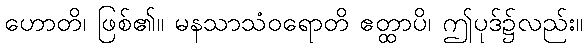
ဟောတိ၊ ဖြစ်၏။ မနသာသံဝရောတိ ဧတ္ထာပိ၊ ဤပုဒ်၌လည်း။